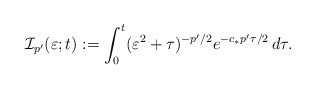
\begin{align*}\mathcal{I}_{p'}(\varepsilon ; t):=\int _0^t(\varepsilon ^2 +\tau)^{-p'/2}e^{-c_{*}p'\tau /2}\,d\tau.\end{align*}